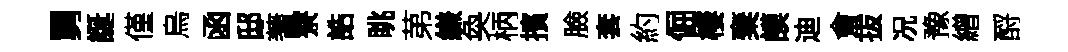
舅誕僅烏函邸蓍寮誥眺苐縑奐柄擯臉套約倔棲棄謨迪㑹拔况豫繒酹